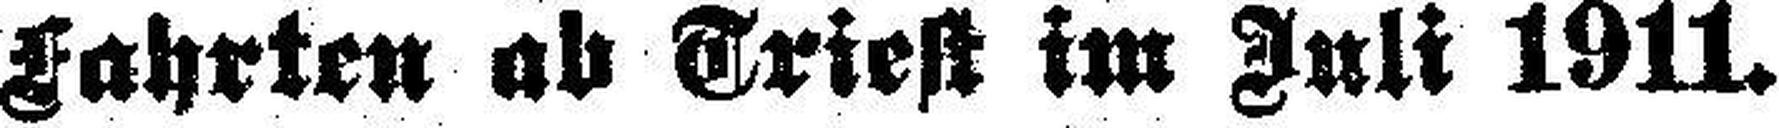
Fahrten ab Triest im Juli 1911.